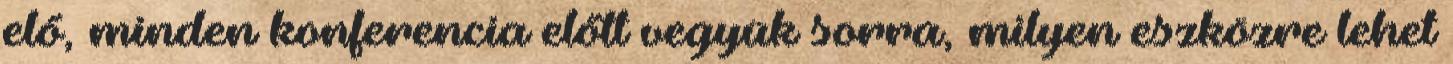
elő, minden konferencia előtt vegyük sorra, milyen eszközre lehet